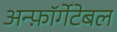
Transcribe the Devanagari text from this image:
अन्फ़ॉर्गेटेबल